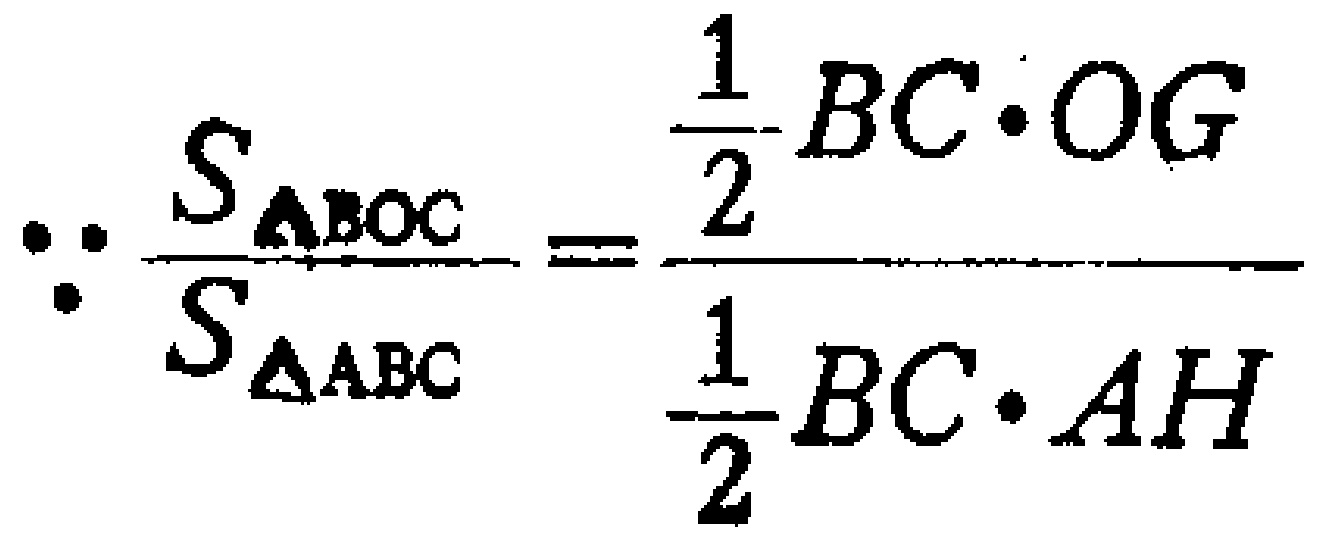
\(\because \frac{S_{\triangle BOC}}{S_{\triangle ABC}}=\frac{\frac{1}{2}BC\cdot OG}{\frac{1}{2}BC\cdot AH}\)